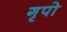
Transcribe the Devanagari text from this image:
गृपो